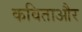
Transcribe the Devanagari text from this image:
कविताऔर